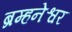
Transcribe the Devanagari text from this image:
ब्रम्हनेश्वर